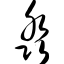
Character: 淼